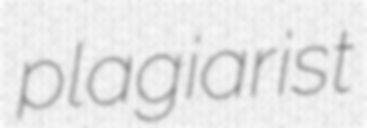
plagiarist